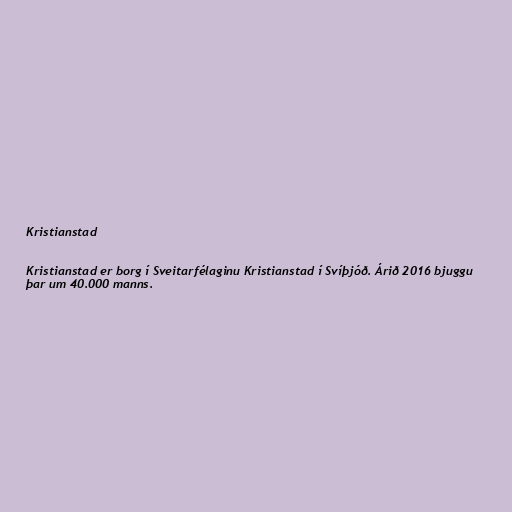
Kristianstad

Kristianstad er borg í Sveitarfélaginu Kristianstad í Svíþjóð. Árið 2016 bjuggu
þar um 40.000 manns.